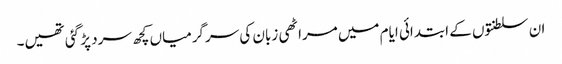
ان سلطنتوں کے ابتدائی ایام میں مراٹھی زبان کی سرگرمیاں کچھ سرد پڑ گئی تھیں۔